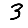
Digit: 3